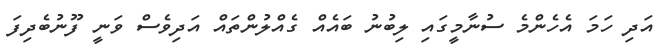
އަދި ހަމަ އެހެންމެ ސުނާމީގައި ލިބުނު ބައެއް ގެއްލުންތައް އަދިވެސް ވަނީ ފޫނުބެދިފަ